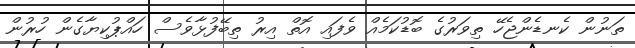
ތަނުން ކެނޑެންޖެހޭ ތިވަރުގެ ބޮޑުކަމެއް ވެފައި އޮތް އިރު ތިބޭފުޅާވެސް ހައްޕުކިޔާގެން ހުރުން